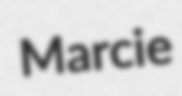
Marcie